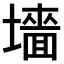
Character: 𫮰